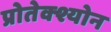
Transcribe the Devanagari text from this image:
प्रोतेक्श्योन